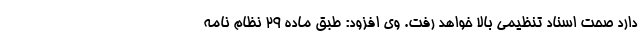
دارد صحت اسناد تنظیمی بالا خواهد رفت. وی افزود: طبق ماده ۲۹ نظام نامه